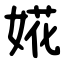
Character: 婲